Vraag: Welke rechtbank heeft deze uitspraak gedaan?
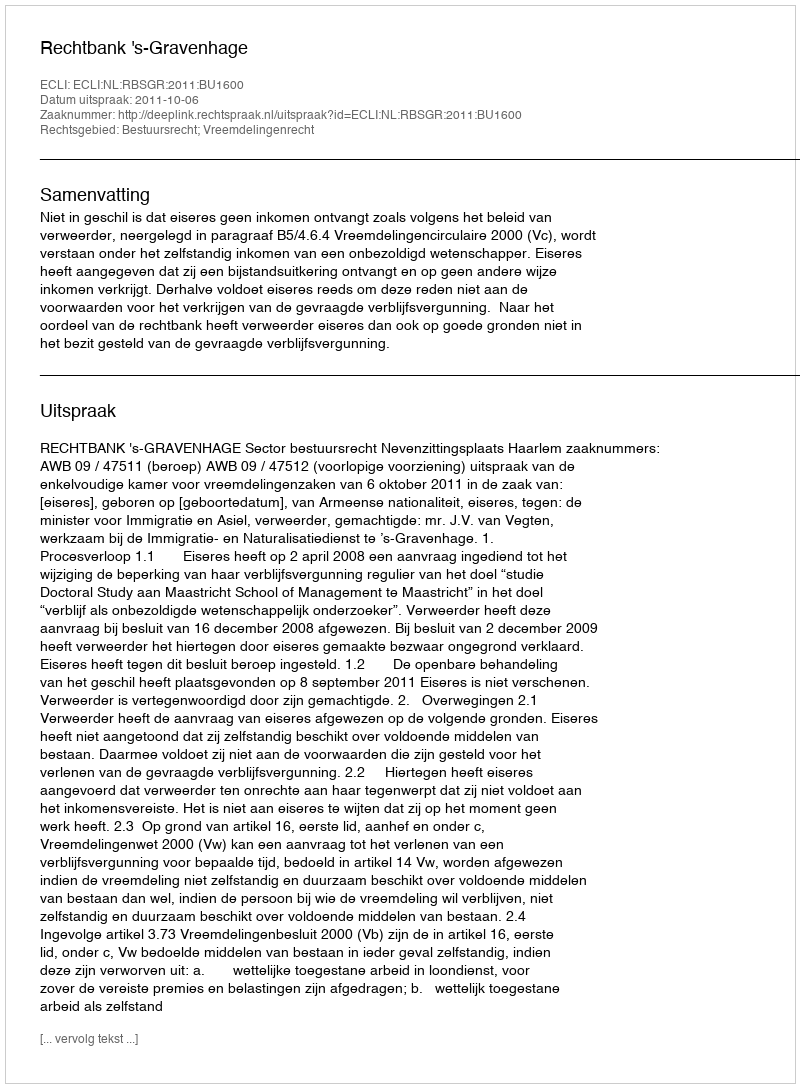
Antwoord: Rechtbank 's-Gravenhage